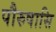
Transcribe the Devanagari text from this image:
पौरुषासि